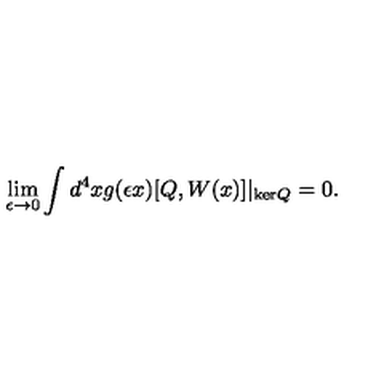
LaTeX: \lim _ { \epsilon \to 0 } \int d ^ { 4 } x g ( \epsilon x ) [ Q , W ( x ) ] \vert _ { \mathrm { k e r } Q } = 0 .